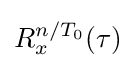
R_{x}^{n/T_{0}}(\tau )